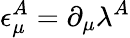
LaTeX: \epsilon_{\mu}^{A}=\partial_{\mu}\lambda^{A}